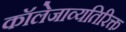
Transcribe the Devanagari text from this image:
कॉलेजाव्यतिरिक्त